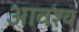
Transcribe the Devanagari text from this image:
आवश्‍य